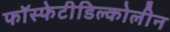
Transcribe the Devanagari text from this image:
फॉस्फेटीडिल्कोलीन